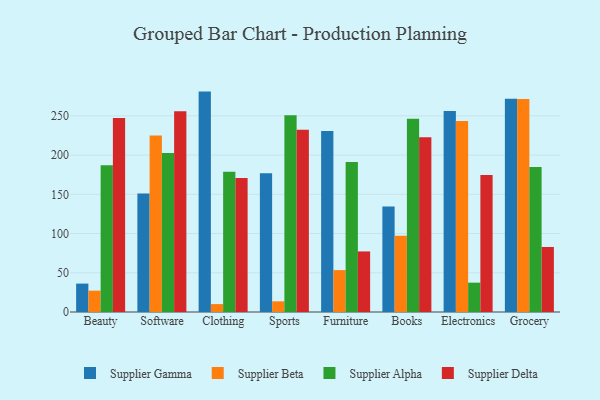
{"axis": {"x": "Category", "y": "Bounce Rate (%)"}, "legend": ["Supplier Alpha", "Supplier Beta", "Supplier Delta", "Supplier Gamma"], "data": [{"x": "Beauty", "y": 36.2, "type": "Supplier Gamma"}, {"x": "Beauty", "y": 27.2, "type": "Supplier Beta"}, {"x": "Beauty", "y": 186.9, "type": "Supplier Alpha"}, {"x": "Beauty", "y": 247.1, "type": "Supplier Delta"}, {"x": "Software", "y": 150.9, "type": "Supplier Gamma"}, {"x": "Software", "y": 224.9, "type": "Supplier Beta"}, {"x": "Software", "y": 202.5, "type": "Supplier Alpha"}, {"x": "Software", "y": 255.9, "type": "Supplier Delta"}, {"x": "Clothing", "y": 280.9, "type": "Supplier Gamma"}, {"x": "Clothing", "y": 10.1, "type": "Supplier Beta"}, {"x": "Clothing", "y": 178.6, "type": "Supplier Alpha"}, {"x": "Clothing", "y": 170.7, "type": "Supplier Delta"}, {"x": "Sports", "y": 176.8, "type": "Supplier Gamma"}, {"x": "Sports", "y": 13.6, "type": "Supplier Beta"}, {"x": "Sports", "y": 250.8, "type": "Supplier Alpha"}, {"x": "Sports", "y": 232.2, "type": "Supplier Delta"}, {"x": "Furniture", "y": 230.8, "type": "Supplier Gamma"}, {"x": "Furniture", "y": 53.4, "type": "Supplier Beta"}, {"x": "Furniture", "y": 191.3, "type": "Supplier Alpha"}, {"x": "Furniture", "y": 77.2, "type": "Supplier Delta"}, {"x": "Books", "y": 134.5, "type": "Supplier Gamma"}, {"x": "Books", "y": 97.2, "type": "Supplier Beta"}, {"x": "Books", "y": 246.4, "type": "Supplier Alpha"}, {"x": "Books", "y": 222.8, "type": "Supplier Delta"}, {"x": "Electronics", "y": 256.1, "type": "Supplier Gamma"}, {"x": "Electronics", "y": 243.5, "type": "Supplier Beta"}, {"x": "Electronics", "y": 37.4, "type": "Supplier Alpha"}, {"x": "Electronics", "y": 174.7, "type": "Supplier Delta"}, {"x": "Grocery", "y": 271.7, "type": "Supplier Gamma"}, {"x": "Grocery", "y": 271.6, "type": "Supplier Beta"}, {"x": "Grocery", "y": 184.8, "type": "Supplier Alpha"}, {"x": "Grocery", "y": 82.8, "type": "Supplier Delta"}]}